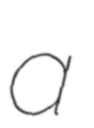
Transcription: a